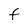
Character: F